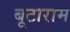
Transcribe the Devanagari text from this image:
बूटाराम